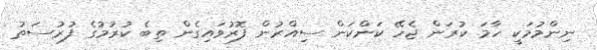
ނިންމުމަކީ ހާމަ ކުރަން ޖެހޭ ކަންކަން ސިއްރުން ފޮރުވައިގެން ތިބެ ކުރުމުގެ ފުރުސަތު